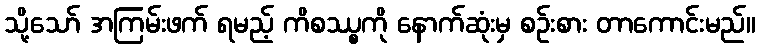
သို့သော် အကြမ်းဖက် ရမည့် ကိစဿ္စကို နောက်ဆုံးမှ စဉ်းစား တာကောင်းမည်။